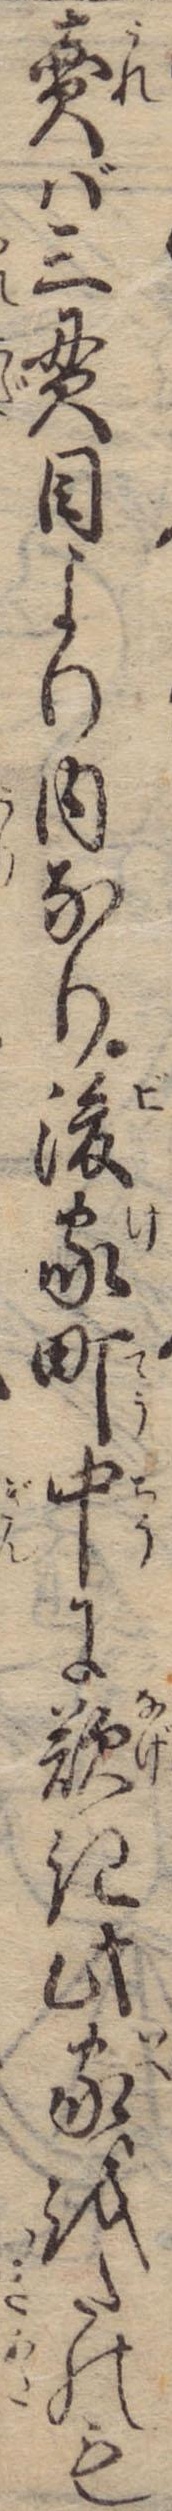
売ば三貫目より内なり後家町中に歎き此家をたのも